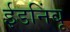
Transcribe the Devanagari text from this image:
ईडनिंबू